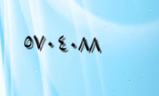
٥٧٠٤٠٨٨